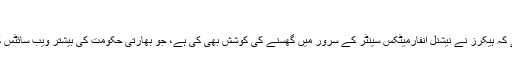
’
پی ٹی آئی کا کہنا ہے کہ ہیکرز نے نیشنل انفارمیٹکس سینٹر کے سرور میں گھسنے کی کوشش بھی کی ہے، جو بھارتی حکومت کی بیشتر ویب سائٹس کے لئے ذمہ دار ہے۔